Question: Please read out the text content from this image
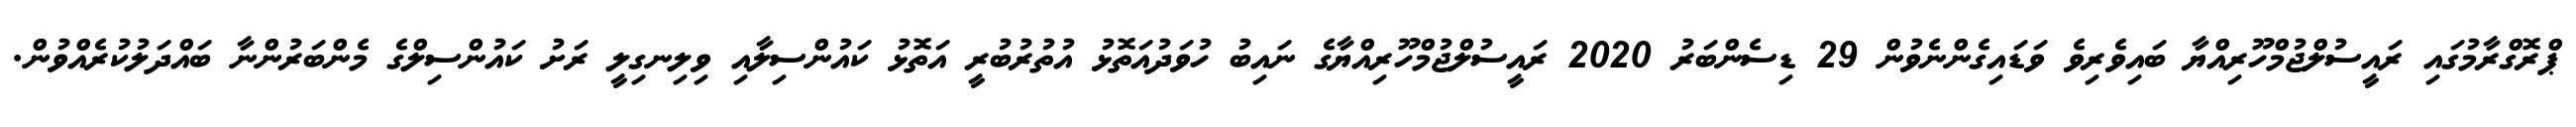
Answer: ޕްރޮގްރާމުގައި ރައީސުލްޖުމްހޫރިއްޔާ ބައިވެރިވެ ވަޑައިގެންނެވުން 29 ޑިސެންބަރު 2020 ރައީސުލްޖުމްހޫރިއްޔާގެ ނައިބު ހުވަދުއަތޮޅު އުތުރުބުރީ އަތޮޅު ކައުންސިލާއި ވިލިނގިލީ ރަށު ކައުންސިލްގެ މެންބަރުންނާ ބައްދަލުކުރެއްވުން.